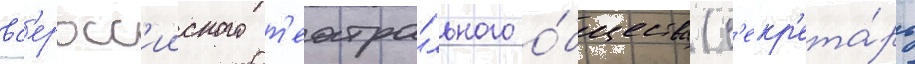
вс'еросс'ииского т'еатра́льного о́бщества (с'екр'ета́рь